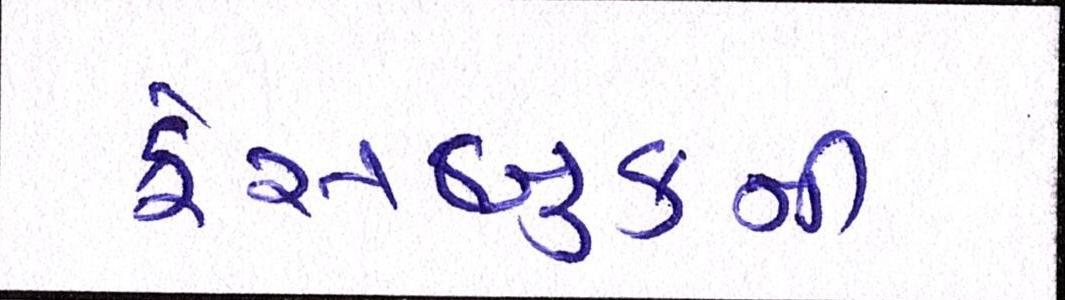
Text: ફેસબુકની